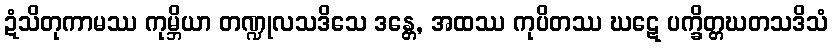
ဍံသိတုကာမဿ ကုမ္ဘိယာ တဏ္ဍုလသဒိသေ ဒန္တေ, အထဿ ကုပိတဿ ဃဋေ ပက္ခိတ္တဃတသဒိသံ